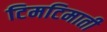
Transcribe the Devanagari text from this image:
टिमटिमाती